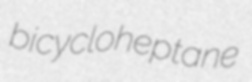
bicycloheptane